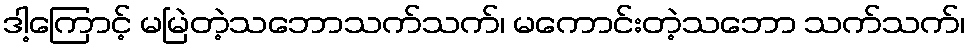
ဒါ့ကြောင့် မမြဲတဲ့သဘောသက်သက်၊ မကောင်းတဲ့သဘော သက်သက်၊